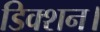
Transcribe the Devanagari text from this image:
डिक्शन।